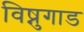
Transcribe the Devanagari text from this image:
विष्नुगाड